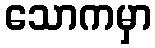
သောကမှာ